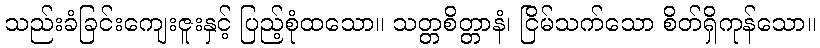
သည်းခံခြင်းကျေးဇူးနှင့် ပြည့်စုံထသော။ သတ္တစိတ္တာနံ၊ ငြိမ်သက်သော စိတ်ရှိကုန်သော။